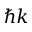
\hbar k